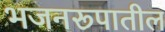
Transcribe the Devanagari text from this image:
भजनरूपातील